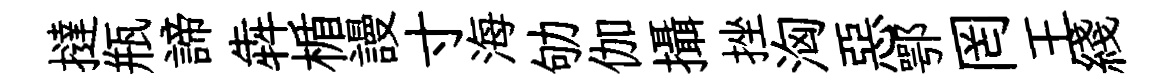
撻瓶諦犇楯謾寸海劬伽攝挫洶惡鄂罔王綫